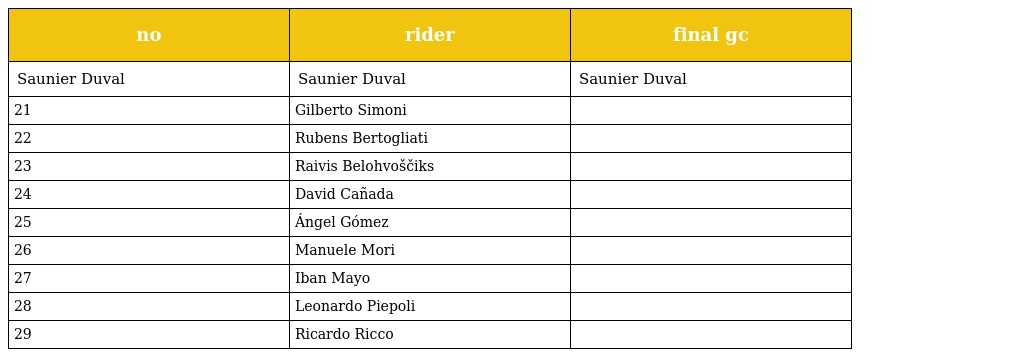
| no | rider | final gc |
 | --- | --- | --- |
 | Saunier Duval | Saunier Duval | Saunier Duval |
 | 21 | Gilberto Simoni |  |
 | 22 | Rubens Bertogliati |  |
 | 23 | Raivis Belohvoščiks |  |
 | 24 | David Cañada |  |
 | 25 | Ángel Gómez |  |
 | 26 | Manuele Mori |  |
 | 27 | Iban Mayo |  |
 | 28 | Leonardo Piepoli |  |
 | 29 | Ricardo Ricco |  |